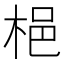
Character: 𱣝